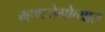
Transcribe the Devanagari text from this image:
म्हणजेगोव्यात